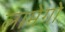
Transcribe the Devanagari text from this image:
लामेगो